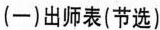
(一)出师表(节选)